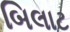
બિલાટ